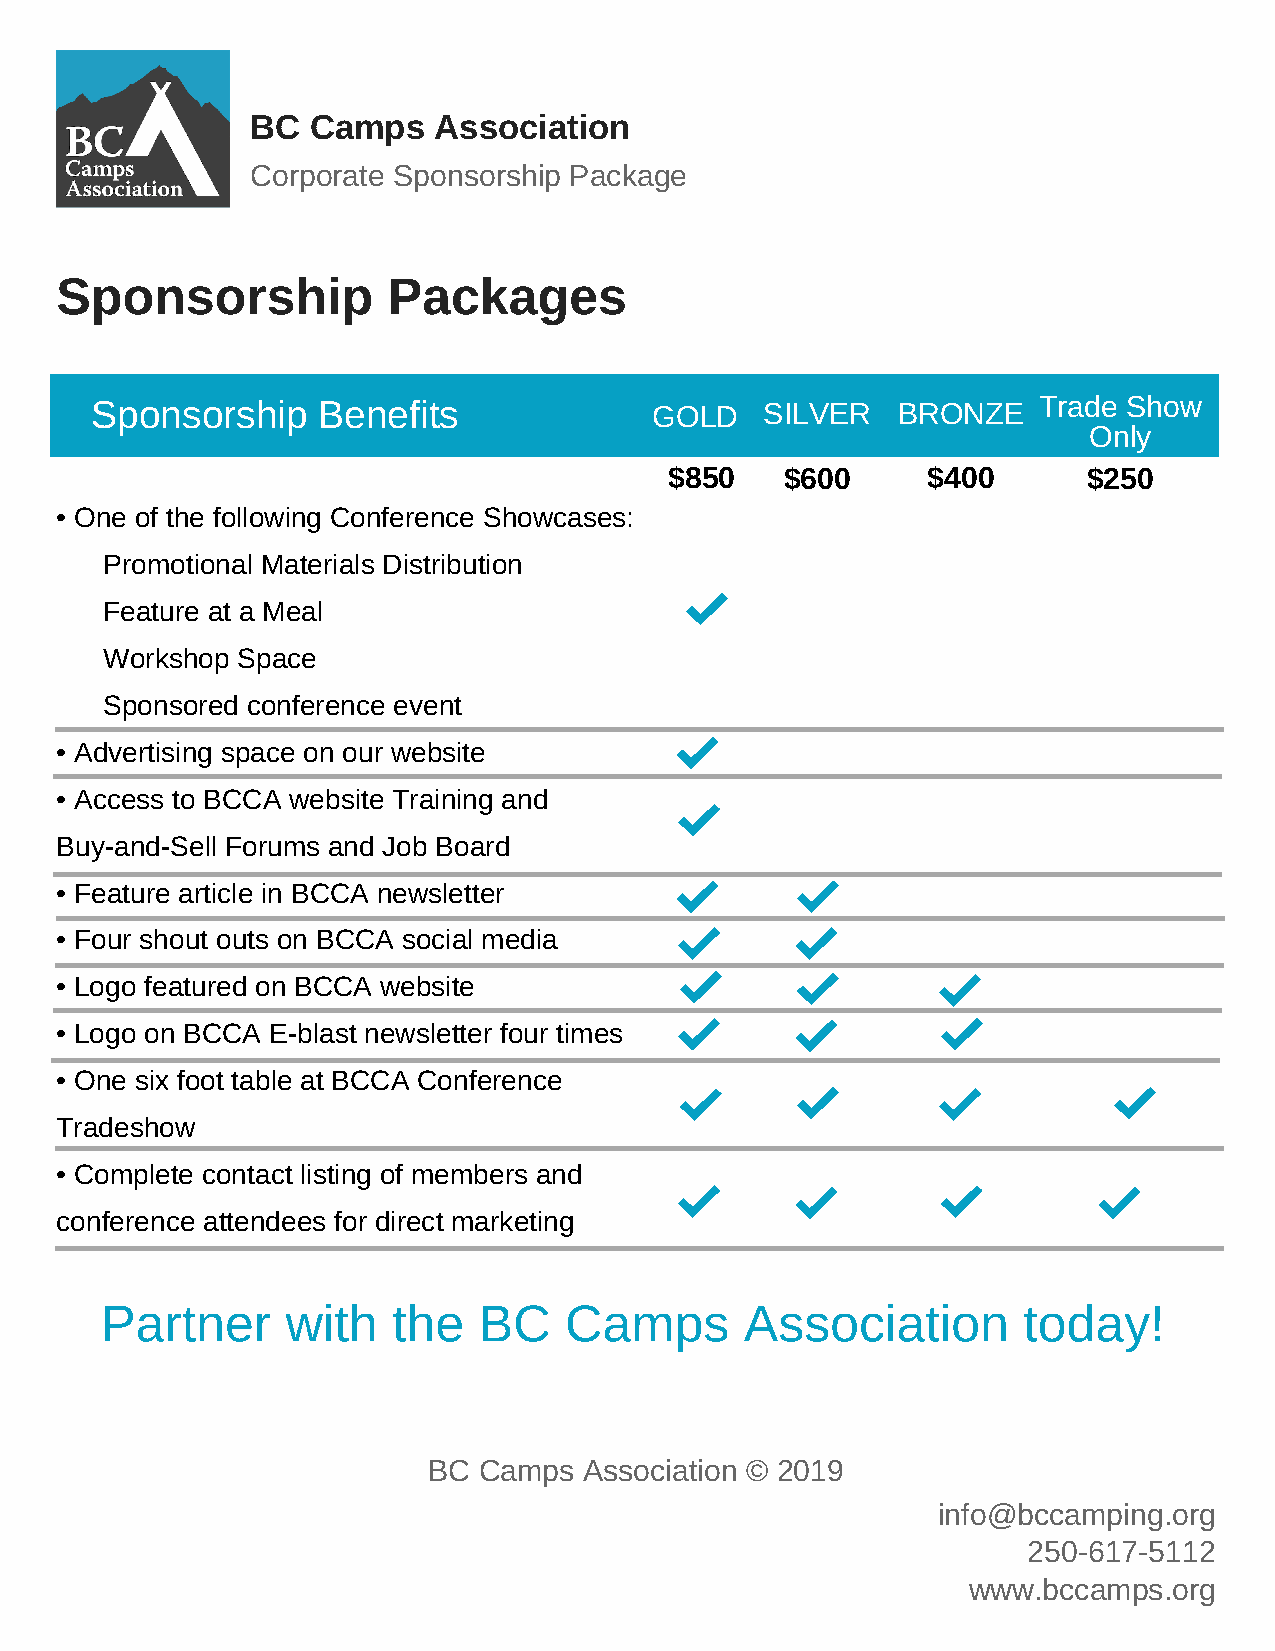
BC Camps    Association
 Corporate Sponsorship Package
 Sponsorship           Packages
 Sponsorship    Benefits              GOLD    SILVER  BRONZE    Trade Show
 Only
 $850    $600     $400       $250
 • One of the following Conference Showcases:
 Promotional Materials Distribution
 Feature at a Meal
 Workshop Space
 Sponsored conference event
 • Advertising space on our website
 • Access to BCCA website Training and
 Buy-and-Sell Forums and Job Board
 • Feature article in BCCA newsletter
 • Four shout outs on BCCA social media
 • Logo featured on BCCA website
 • Logo on BCCA E-blast newsletter four times
 • One six foot table at BCCA Conference
 Tradeshow
 • Complete contact listing of members and
 conference attendees for direct marketing
 Partner     with   the   BC   Camps       Association        today!
 BC  Camps  Association © 2019
 info@bccamping.org
 250-617-5112
 www.bccamps.org